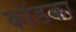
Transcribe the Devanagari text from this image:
कोंडका